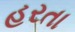
હરતા